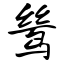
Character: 鸶